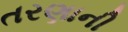
તરણાની